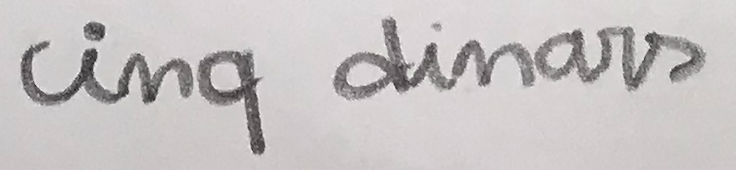
cinq dinars